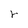
Character: r